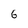
Character: 6